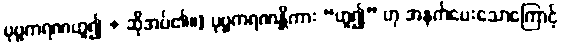
ပုဗ္ဗကရဏဟူ၍ + ဆိုအပ်၏။] ပုဗ္ဗကရဏန္တိကား “ဟူ၍” ဟု အနက်ပေးသောကြောင့်